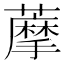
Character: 藦